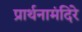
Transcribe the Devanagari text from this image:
प्रार्थनामंदिरे